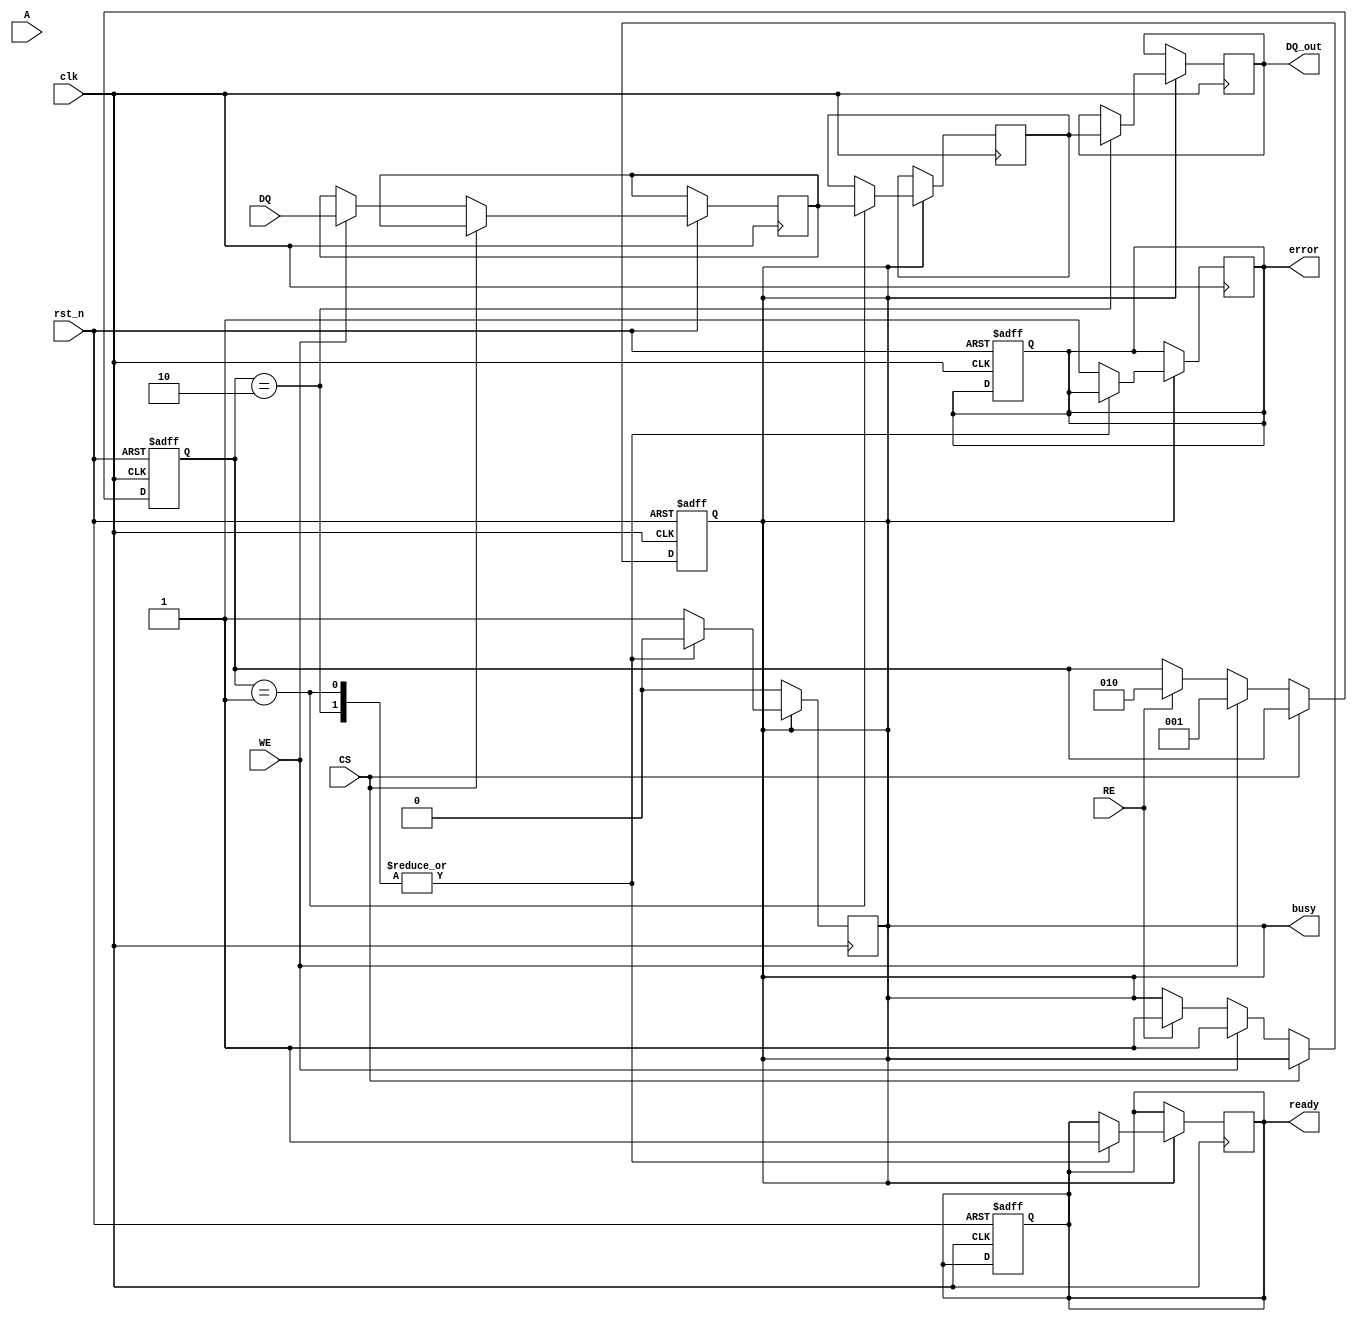
module io_block_nand_flash (
    input wire clk,               // System clock
    input wire rst_n,             // Active low reset
    input wire [N_DQ-1:0] DQ,     // Data lines (bi-directional)
    input wire [N_A-1:0] A,       // Address lines
    input wire CS,                // Chip Select
    input wire WE,                // Write Enable
    input wire RE,                // Read Enable
    output reg [N_DQ-1:0] DQ_out, // Output data lines
    output reg busy,              // Busy status
    output reg ready,             // Ready status
    output reg error              // Error status
);

parameter N_DQ = 8; // Number of Data lines
parameter N_A = 4;  // Number of Address lines

// Internal signals
reg [N_DQ-1:0] data_latch;      // Data latch for input
reg [N_DQ-1:0] output_latch;     // Output latch for data
reg [3:0] status_reg;            // Status register for operation
reg [2:0] command;               // Command decoder
reg [N_DQ-1:0] data_buffer;      // Data buffer

// Command Decoder
always @(posedge clk or negedge rst_n) begin
    if (!rst_n) begin
        command <= 3'b0;
        busy <= 0;
        ready <= 1;
        error <= 0;
    end else if (!CS) begin
        if (WE) begin // Write operation
            data_latch <= DQ; // Capture incoming data
            busy <= 1;
            command <= 3'b001; // Example command for write
        end else if (RE) begin // Read operation
            busy <= 1;
            command <= 3'b010; // Example command for read
        end
    end
end

// Timing Control and Operation Execution
always @(posedge clk) begin
    if (busy) begin
        case (command)
            3'b001: begin
                // Simulate writing data
                data_buffer <= data_latch;
                // Assume write operation completes in one clock cycle
                busy <= 0;
                ready <= 1;
            end
            3'b010: begin
                // Simulate reading data
                DQ_out <= data_buffer; // Output the buffered data
                busy <= 0;
                ready <= 1;
            end
            default: begin
                error <= 1; // Unknown command
            end
        endcase
    end
end

// Status Register Logic
always @(posedge clk or negedge rst_n) begin
    if (!rst_n) begin
        status_reg <= 4'b0000; // Reset status register
    end else if (busy) begin
        status_reg[0] <= 1; // Busy flag
    end else begin
        status_reg[0] <= 0; // Clear busy flag
        status_reg[1] <= ready; // Ready flag
        status_reg[2] <= error; // Error flag
    end
end

// Additional logic for signal conditioning, ECC, and power management can be added here

endmodule